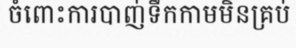
ចំពោះការបាញ់ទឹកកាមមិនគ្រប់